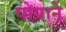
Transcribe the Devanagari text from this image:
पोपाने